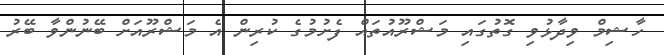
ހާޝިމް ވިދާޅުވި ގޮތުގައި މަޝްރޫއުތައް ފެށުމުގެ ކުރިން އެ މަޝްރޫއަށް ބޭނުންވާ ބޭރު